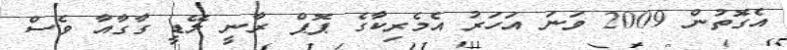
އެގޮތުން 2009 ވަނަ އަހަރު އެމެރިކާގެ ޕޮޕް ރާނީ ލޭޑީ ގާގާއާ ވެސް